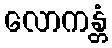
လောကန္တံ